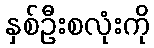
နှစ်ဦးစလုံးကို